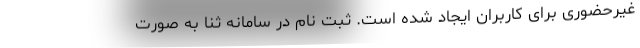
غیرحضوری برای کاربران ایجاد شده است. ثبت نام در سامانه ثنا به صورت